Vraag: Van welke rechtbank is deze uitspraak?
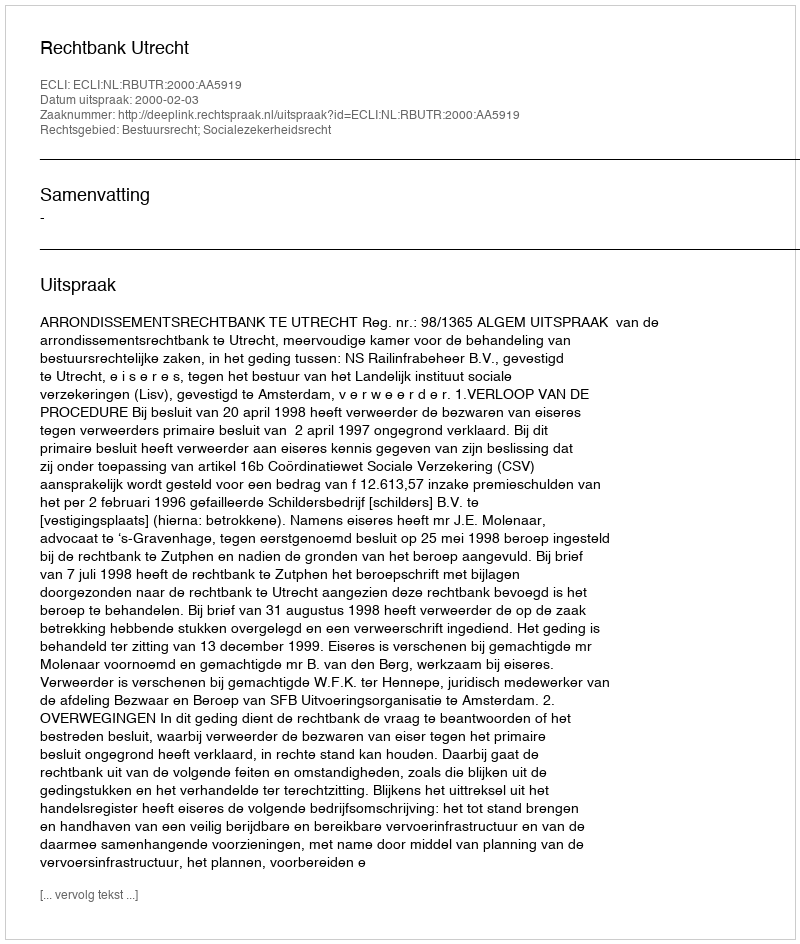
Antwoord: Rechtbank Utrecht